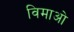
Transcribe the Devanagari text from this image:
विमाओ